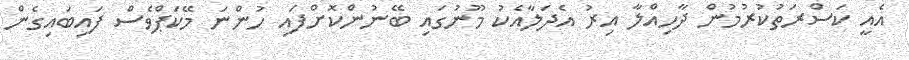
އެއީ ކަސްރަތުކުރުމުން ދާހިއްލާ އިރު އެދަލާއެކު މޫނުގައި ބޭނުންކޮށްފައި ހުންނަ މޭކަޕްވެސް ފައިބައިގެން